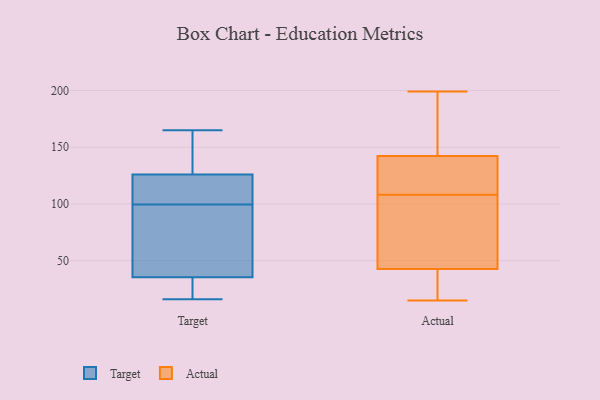
{"axis": {"x": "Revenue (USD Million)", "y": "Value"}, "legend": ["Actual", "Target"], "data": [{"x": "", "y": 41, "type": "Target"}, {"x": "", "y": 95, "type": "Target"}, {"x": "", "y": 165, "type": "Target"}, {"x": "", "y": 84, "type": "Target"}, {"x": "", "y": 50, "type": "Target"}, {"x": "", "y": 26, "type": "Target"}, {"x": "", "y": 128, "type": "Target"}, {"x": "", "y": 135, "type": "Target"}, {"x": "", "y": 126, "type": "Target"}, {"x": "", "y": 118, "type": "Target"}, {"x": "", "y": 109, "type": "Target"}, {"x": "", "y": 30, "type": "Target"}, {"x": "", "y": 104, "type": "Target"}, {"x": "", "y": 16, "type": "Target"}, {"x": "", "y": 24, "type": "Target"}, {"x": "", "y": 126, "type": "Target"}, {"x": "", "y": 19, "type": "Actual"}, {"x": "", "y": 100, "type": "Actual"}, {"x": "", "y": 30, "type": "Actual"}, {"x": "", "y": 181, "type": "Actual"}, {"x": "", "y": 81, "type": "Actual"}, {"x": "", "y": 24, "type": "Actual"}, {"x": "", "y": 108, "type": "Actual"}, {"x": "", "y": 127, "type": "Actual"}, {"x": "", "y": 145, "type": "Actual"}, {"x": "", "y": 199, "type": "Actual"}, {"x": "", "y": 15, "type": "Actual"}, {"x": "", "y": 117, "type": "Actual"}, {"x": "", "y": 152, "type": "Actual"}, {"x": "", "y": 134, "type": "Actual"}, {"x": "", "y": 101, "type": "Actual"}]}